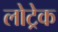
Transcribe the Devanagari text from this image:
लोट्रेक